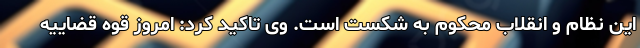
این نظام و انقلاب محکوم به شکست است. وی تاکید کرد: امروز قوه قضاییه